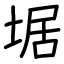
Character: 𡍄